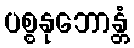
ပစ္စနုဘောန္တံ